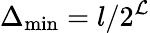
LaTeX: \Delta_{\operatorname*{min}}=l/2^{\mathcal{L}}